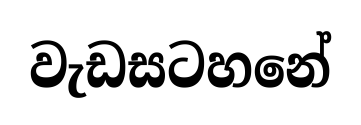
වැඩසටහනේ